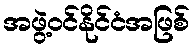
အဖွဲ့ဝင်နိုင်ငံအဖြစ်